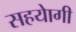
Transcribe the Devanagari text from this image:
सहयाेगी